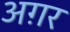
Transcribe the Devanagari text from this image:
अग़र